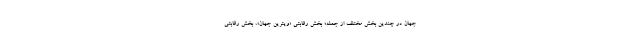
جهان در چندین بخش مختلف از جمله؛ بخش رقابتی «ویترین جهان»، بخش رقابتی